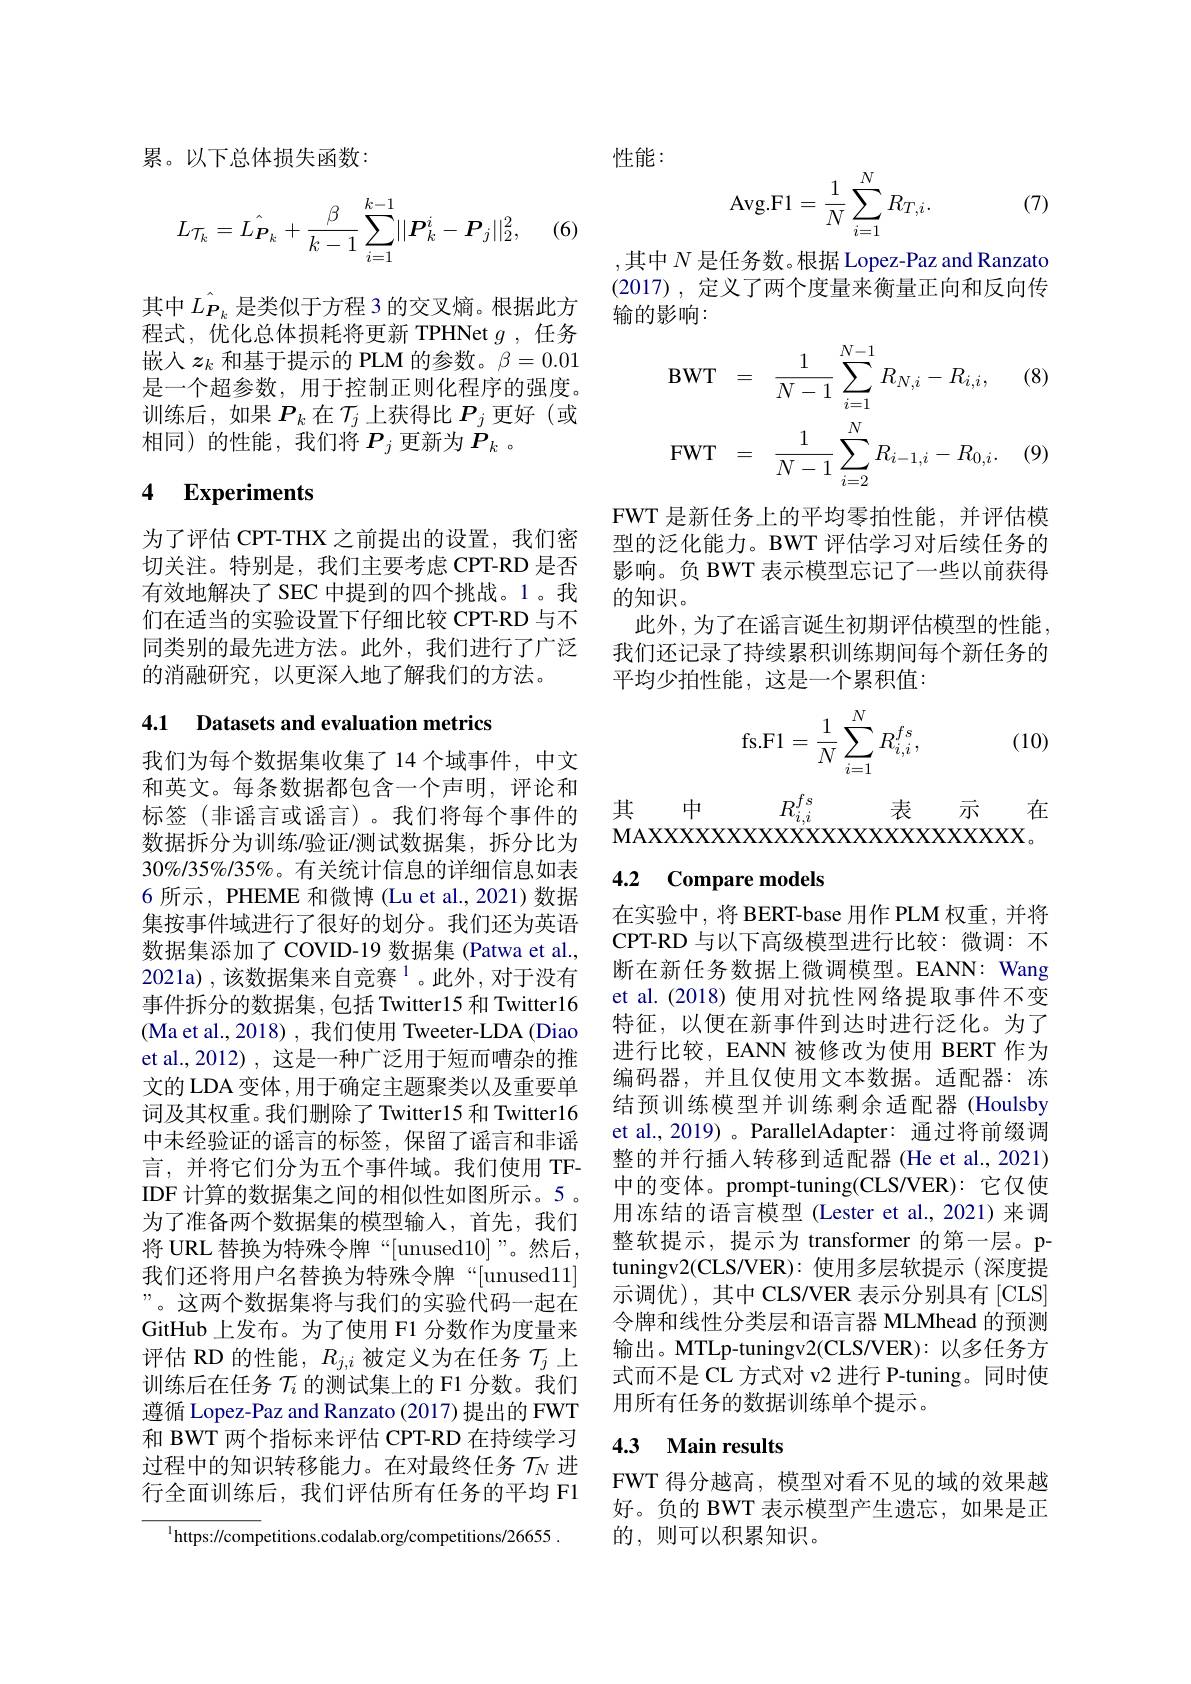
累。以下总体损失函数：

(6)
$$L_{\mathcal{T}_k}=\hat{L_{P_k}}+\frac{\beta}{k-1}\sum_{i=1}^{k-1}\lvert\lvert P_k^i-P_j\rvert\rvert_2^2,$$
其中$\hat{L_{\boldsymbol{P}_k}}$ 是类似于方程 3 的交叉熵。根据此方程式，优化总体损耗将更新 TPHNet $g$ ,任务嵌人$z_k$和基于提示的 PLM 的参数。$\beta=0.01$ 是一个超参数，用于控制正则化程序的强度。训练后，如果$P_k$在$\mathcal{T}_j$上获得比$P_j$更好(或相同)的性能，我们将$P_j$ 更新为$P_k$ 。

## 4 Experiments

为了评估 CPT-THX 之前提出的设置，我们密切关注。特别是，我们主要考虑 CPT-RD 是否有效地解决了 SEC 中提到的四个挑战。1。我们在适当的实验设置下仔细比较 CPT-RD 与不同类别的最先进方法。此外，我们进行了广泛的消融研究，以更深人地了解我们的方法。

4.1 Datasets and evaluation metrics

我们为每个数据集收集了 14 个域事件，中文和英文。每条数据都包含一个声明，评论和标签(非谣言或谣言)。我们将每个事件的数据拆分为训练唫证/测试数据集，拆分比为$30\%/35\%/35\%$。有关统计信息的详细信息如表6 所示，PHEME 和微博 (Lu et al., 2021)数据集按事件域进行了很好的划分。我们还为英语数据集添加了 COVID-19 数据集 (Patwa et al., 2021a),该数据集来自竞赛$^1$。此外，对于没有事件拆分的数据集，包括 Twitter15 和 Twitter16 (Ma et al., 2018) , 我们使用 Tweeter-LDA (Diao et al.,2012) , 这是一种广泛用于短而嘈杂的推文的 LDA 变体 ,用于确定主题聚类以及重要单词及其权重。我们删除了 Twitter15 和 Twitter16中未经验证的谣言的标签，保留了谣言和非谣言，并将它们分为五个事件域。我们使用 TFIDF 计算的数据集之间的相似性如图所示。5 。为了准备两个数据集的模型输入，首先，我们将 URL 替换为特殊令牌“[unused10]”。然后， 我们还将用户名替换为特殊令牌“[unused11] ”。这两个数据集将与我们的实验代码一起在GitHub 上发布。为了使用 F1 分数作为度量来评估 RD 的性能，$R_j,i$被定义为在任务$\tau_j$上训练后在任务$\mathcal{T}_i$的测试集上的 F1 分数。我们遵循 Lopez-Paz and Ranzato (2017) 提出的 FWT 和 BWT 两个指标来评估 CPT-RD 在持续学习过程中的知识转移能力。在对最终任务$\mathcal{T}_N$进行全面训练后，我们评估所有任务的平均 Fl
$^{1}$https://competitions.codalab.org/competitions/26655$^{1}$

性能：

(7)
$$\text{Avg.F1}=\dfrac{1}{N}\sum_{i=1}^{N}R_{T,i}.$$
,其中 $N$ 是任务数。根据 Lopez-Paz and Ranzato (2017) , 定义了两个度量来衡量正向和反向传输的影响：

(8)
$$\mathrm{BWT}=\quad\frac{1}{N-1}\sum_{i=1}^{N-1}R_{N,i}-R_{i,i},\\\mathrm{FWT}=\quad\frac{1}{N-1}\sum_{i=2}^{N}R_{i-1,i}-R_{0,i}.$$
(9)

FWT 是新任务上的平均零拍性能，并评估模型的泛化能力。BWT 评估学习对后续任务的影响。负 BWT 表示模型忘记了一些以前获得的知识。
此外，为了在谣言诞生初期评估模型的性能， 我们还记录了持续累积训练期间每个新任务的平均少拍性能，这是一个累积值：
$$\mathrm{fs.F1}=\frac{1}{N}\sum_{i=1}^{N}R_{i,i}^{fs},$$
(10)

# 4.2 Compare models

在实验中，将 BERT-base 用作 PLM 权重，并将CPT-RD 与以下高级模型进行比较：微调：不断在新任务数据上微调模型。EANN: Wang et al.(2018) 使用对抗性网络提取事件不变特征，以便在新事件到达时进行泛化。为了进行比较，EANN 被修改为使用 BERT 作为编码器，并且仅使用文本数据。适配器：冻结预训练模型并训练剩余适配器(Houlsby et al., 2019) 。ParallelAdapter: 通过将前缀调整的并行插入转移到适配器 (He et al., 2021) 中的变体。prompt-tuning(CLS/VER): 它仅使用冻结的语言模型(Lester et al.,2021)来调整软提示，提示为 transformer 的第一层。ptuningv2(CLS/VER): 使用多层软提示 (深度提示调优),其中 CLS/VER 表示分别具有[CLS] 令牌和线性分类层和语言器 MLMhead 的预测输出。MTLp-tuningv2(CLS/VER):以多任务方式而不是 CL 方式对 v2 进行 P-tuning。同时使用所有任务的数据训练单个提示。

## 4.3 Main results

FWT 得分越高，模型对看不见的域的效果越好。负的 BWT 表示模型产生遗忘，如果是正的，则可以积累知识。